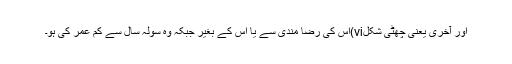
اور آخری یعنی چھٹی شکلvi)اس کی رضا مندی سے یا اس کے بغیر جبکہ وہ سولہ سال سے کم عمر کی ہو۔